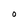
Character: O